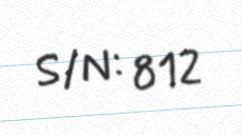
S/N: 812